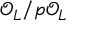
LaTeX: { \mathcal { O } } _ { L } / { \mathfrak { p } } { \mathcal { O } } _ { L }